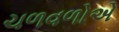
ચળવળોએ